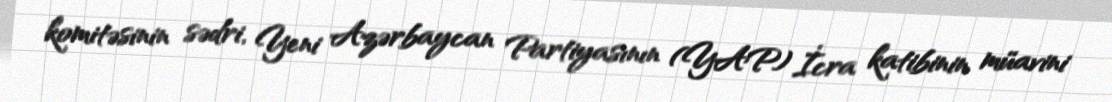
komitəsinin sədri, Yeni Azərbaycan Partiyasının (YAP) İcra katibinin müavini